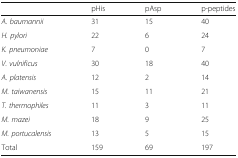
|  | pHis | pAsp | p-peptides |
 | --- | --- | --- | --- |
 | A. baumannii | 31 | 15 | 40 |
 | H. pylori | 22 | 6 | 24 |
 | K. pneumoniae | 7 | 0 | 7 |
 | V. vulnificus | 30 | 18 | 40 |
 | A. platensis | 12 | 2 | 14 |
 | M. taiwanensis | 15 | 11 | 21 |
 | T. thermophiles | 11 | 3 | 11 |
 | M. mazei | 18 | 9 | 25 |
 | M. portucalensis | 13 | 5 | 15 |
 | Total | 159 | 69 | 197 |